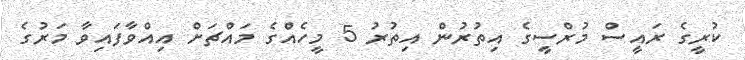
ކުރީގެ ރައީސް މުރްސީގެ އިތުރުން އިތުރު 5 މީހެއްގެ މައްޗަށް އިއްވާފައިވާ މަރުގެ